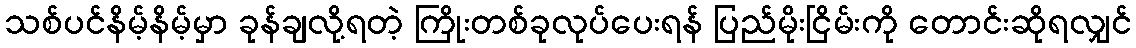
သစ်ပင်နိမ့်နိမ့်မှာ ခုန်ချလို့ရတဲ့ ကြိုးတစ်ခုလုပ်ပေးရန် ပြည်မိုးငြိမ်းကို တောင်းဆိုရလျှင်